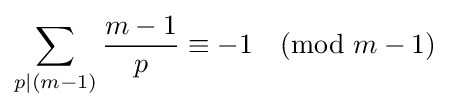
\sum _{p|(m-1)}{\frac {m-1}{p}}\equiv -1{\pmod {m-1}}